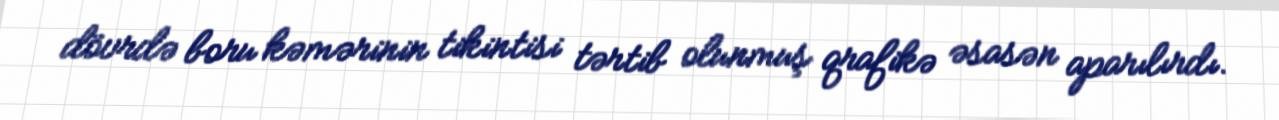
dövrdə boru kəmərinin tikintisi tərtib olunmuş qrafikə əsasən aparılırdı.